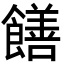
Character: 饍